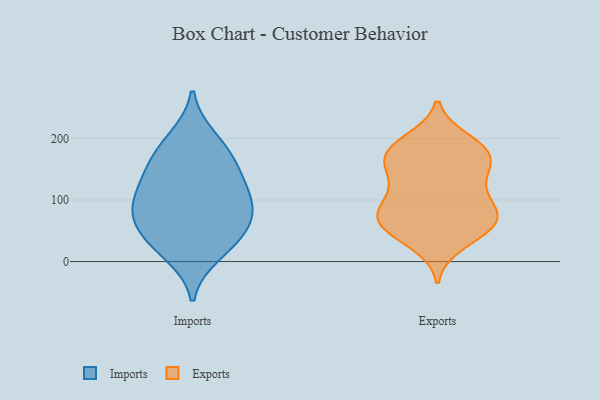
{"axis": {"x": "Production Output", "y": "Value"}, "legend": ["Exports", "Imports"], "data": [{"x": "", "y": 83, "type": "Imports"}, {"x": "", "y": 43, "type": "Imports"}, {"x": "", "y": 83, "type": "Imports"}, {"x": "", "y": 200, "type": "Imports"}, {"x": "", "y": 107, "type": "Imports"}, {"x": "", "y": 33, "type": "Imports"}, {"x": "", "y": 110, "type": "Imports"}, {"x": "", "y": 13, "type": "Imports"}, {"x": "", "y": 65, "type": "Imports"}, {"x": "", "y": 179, "type": "Imports"}, {"x": "", "y": 150, "type": "Imports"}, {"x": "", "y": 149, "type": "Imports"}, {"x": "", "y": 196, "type": "Exports"}, {"x": "", "y": 171, "type": "Exports"}, {"x": "", "y": 179, "type": "Exports"}, {"x": "", "y": 157, "type": "Exports"}, {"x": "", "y": 67, "type": "Exports"}, {"x": "", "y": 185, "type": "Exports"}, {"x": "", "y": 65, "type": "Exports"}, {"x": "", "y": 79, "type": "Exports"}, {"x": "", "y": 164, "type": "Exports"}, {"x": "", "y": 93, "type": "Exports"}, {"x": "", "y": 45, "type": "Exports"}, {"x": "", "y": 144, "type": "Exports"}, {"x": "", "y": 187, "type": "Exports"}, {"x": "", "y": 118, "type": "Exports"}, {"x": "", "y": 29, "type": "Exports"}, {"x": "", "y": 132, "type": "Exports"}, {"x": "", "y": 95, "type": "Exports"}, {"x": "", "y": 71, "type": "Exports"}, {"x": "", "y": 52, "type": "Exports"}, {"x": "", "y": 68, "type": "Exports"}]}